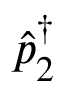
\Hat { p } _ { 2 } ^ { \dag }